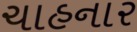
ચાહનાર